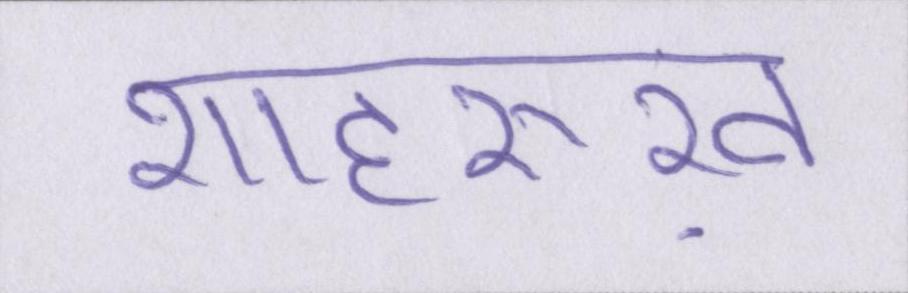
शाहरुख़